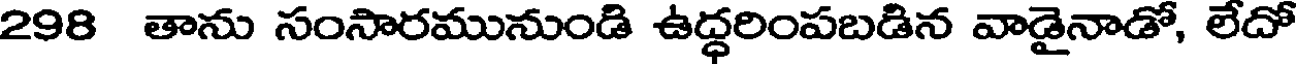
298 తాను సంసారమునుండి ఉద్ధరింపబడిన వాడైనాడో, లేదో